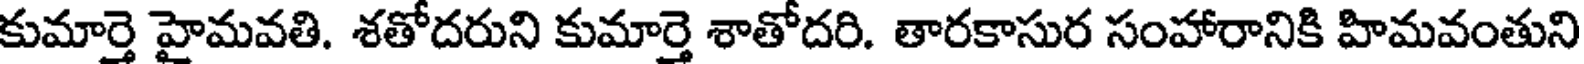
కుమార్తె హైమవతి. శతోదరుని కుమార్తె శాతోదరి. తారకాసుర సంహారానికి హిమవంతుని